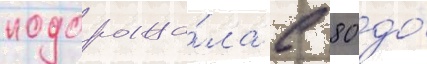
подорожа́ла с 80 до́